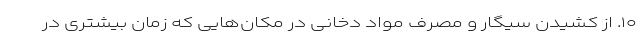
۱۰. از کشیدن سیگار و مصرف مواد دخانی در مکان‌هایی که زمان بیشتری در